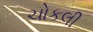
ચોકલી